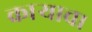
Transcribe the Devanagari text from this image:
काऱ्याचा